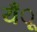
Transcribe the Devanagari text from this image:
यँू